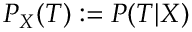
P _ { X } ( { \cal T } ) : = P ( { \cal T } | X )